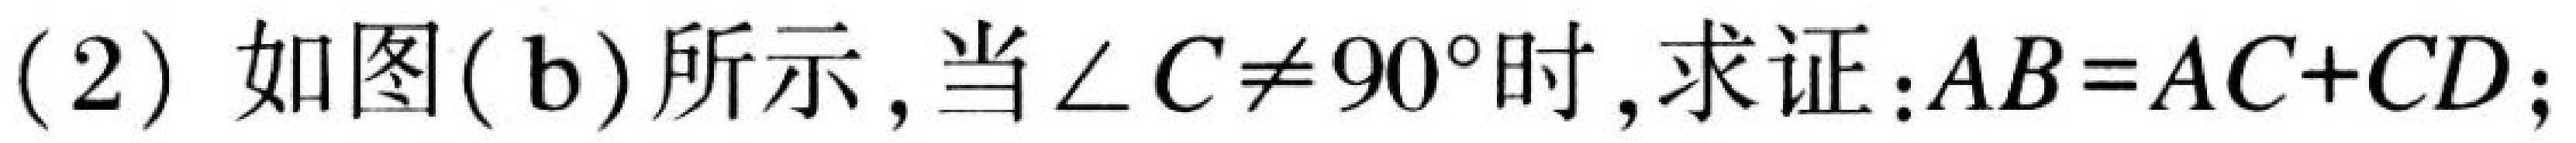
(2) 如图(b)所示，当\(\angle C\neq90^{\circ}\)时，求证：\(AB = AC + CD\);